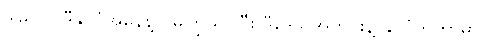
ဒါမှသာ ဒီနိုင်ငံအနေနဲ့ ပိုမိုကြွယ်ဝပြီး ဒီဒေသအတွင်းနဲ့ နိုင်ငံတကာမှာပါ